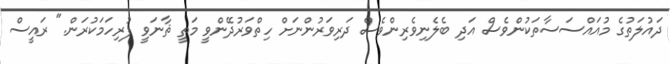
ދައުލަތުގެ މުއައްސަސާތަކުންވެސް އަދި ބެލެނިވެރިންވެސް ދަރިވަރުންނަށް ހިތްވަރުދޭންވީ މަތީ ޘާނަވީ ފުރިހަމަކުރަން." ރައީސް